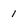
Character: 1